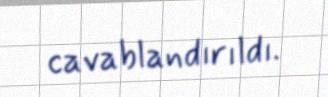
cavablandırıldı.